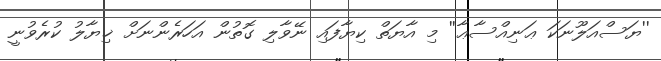
''ޔަސްއަލޫނަކަ ޢަނިއްސާޢާ'' މި އާޔަތް ކިޔާފައި ނޭވާލި ގޮތުން އަހަރެންނަށް ޚިޔާލު ކުރެވުނީ